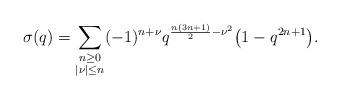
LaTeX: \begin{align*}\sigma(q)=\sum_{\substack{n\geq0\\ |\nu|\leq n}}(-1)^{n+\nu}q^{\frac{n(3n+1)}2-\nu^2}\big(1-q^{2n+1}\big).\end{align*}